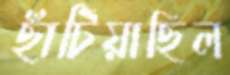
ছাঁটিয়াছিল